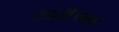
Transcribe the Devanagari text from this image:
छातीजवळ